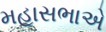
મહાસભાએ